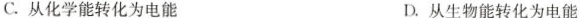
C. 从化学能转化为电能